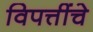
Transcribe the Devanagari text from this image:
विपत्तींचे